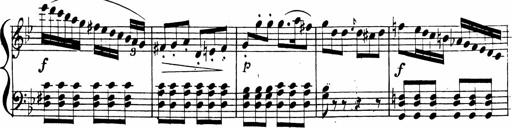
Title: 2 Piano Sonatinas
Composer: Ferdinand Ries